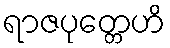
ရာဇပုတ္တေဟိ